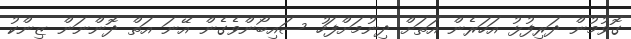
ގޮވުމުން ދަރިފުޅު އަހަރެން އަތަށް ދިނުމަށްފަހު ސައިބޯންވެގެން އޭނަ އަތް ދޮންނަން ޒިންކު